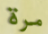
مرة